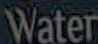
Water